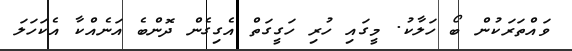
ވައްތަރަކުން ބޯ ހަލާކު. މީގައި ހުރި ހަގީގަތް އެގިގެން ދޮންބެ އަނެއްކާ އެކަހަލަ